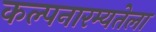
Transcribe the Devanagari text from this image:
कल्पनारम्यतेला